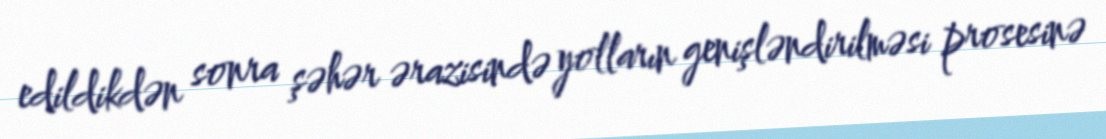
edildikdən sonra şəhər ərazisində yolların genişləndirilməsi prosesinə